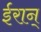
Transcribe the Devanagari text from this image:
ईरान्